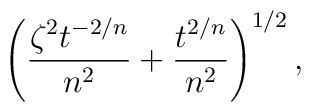
\left( \frac {\zeta^2 t^{-2/n}}{n^2} + \frac {t^{2/n}}{n^2} \right)^{1/2},